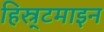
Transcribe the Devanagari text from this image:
हिस्र्टमाइन